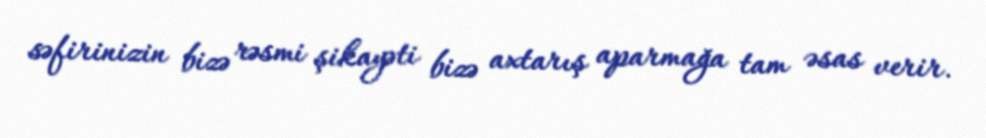
səfirinizin bizə rəsmi şikayəti bizə axtarış aparmağa tam əsas verir.